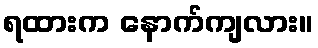
ရထားက နောက်ကျလား။